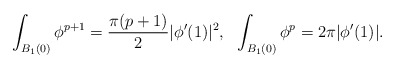
\begin{align*}\int_{B_1(0)}\phi^{p+1}=\frac{\pi(p+1)}{2}|\phi'(1)|^2,\ \ \int_{B_1(0)}\phi^{p}= 2\pi|\phi'(1)|.\end{align*}